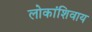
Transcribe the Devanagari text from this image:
लोकांशिवाय